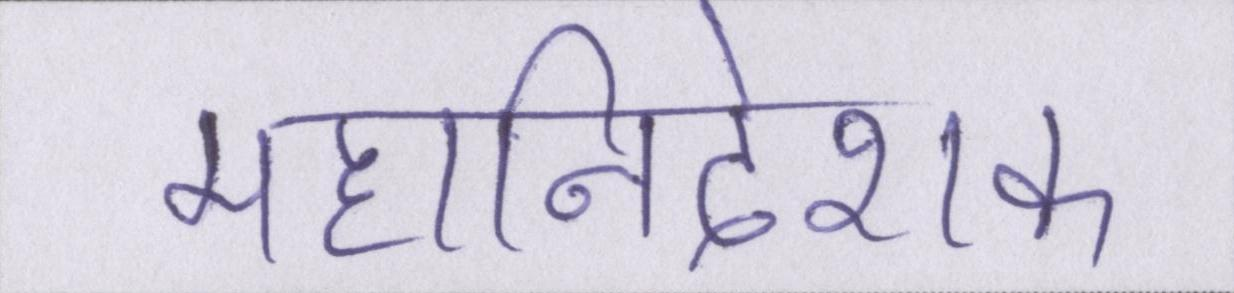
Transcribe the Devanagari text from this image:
महानिदेशक